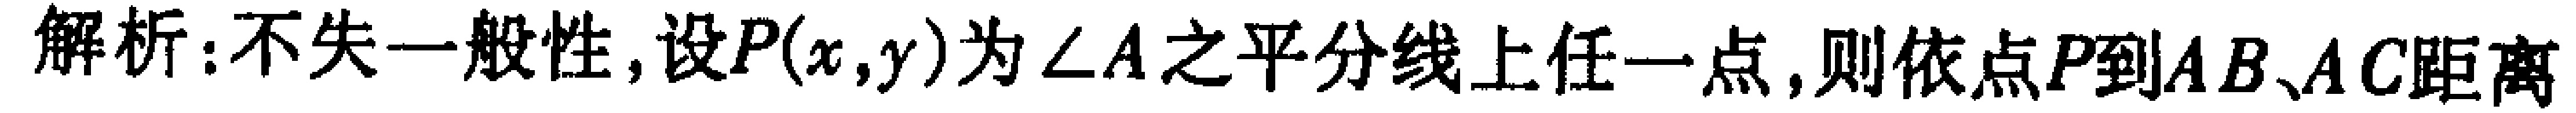
解析:不失一般性,设\(P(x,y)\)为\(\angle A\)之平分线上任一点,则依点\(P\)到\(AB、AC\)距离